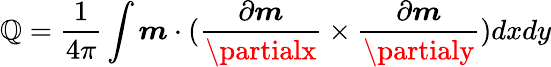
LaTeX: \mathbb{Q}=\frac{{1}}{{4\pi}}\int\boldsymbol{m}\cdot(\frac{{\partial\boldsymbol{m}}}{{\partialx}}\times\frac{{\partial\boldsymbol{m}}}{{\partialy}})dxdy